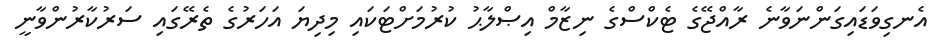
އެނގިވަޑައިގަންނަވާނެ ރާއްޖޭގެ ޓެކްސްގެ ނިޒާމް އިޞްލާޙު ކުރުމަށްޓަކައި މިދިޔަ އަހަރުގެ ތެރޭގައި ސަރުކާރުންވާނީ